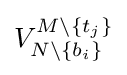
V_{N\setminus \{b_{i}\}}^{M\setminus \{t_{j}\}}